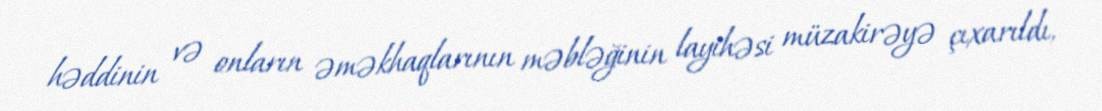
həddinin və onların əməkhaqlarının məbləğinin layihəsi müzakirəyə çıxarıldı,